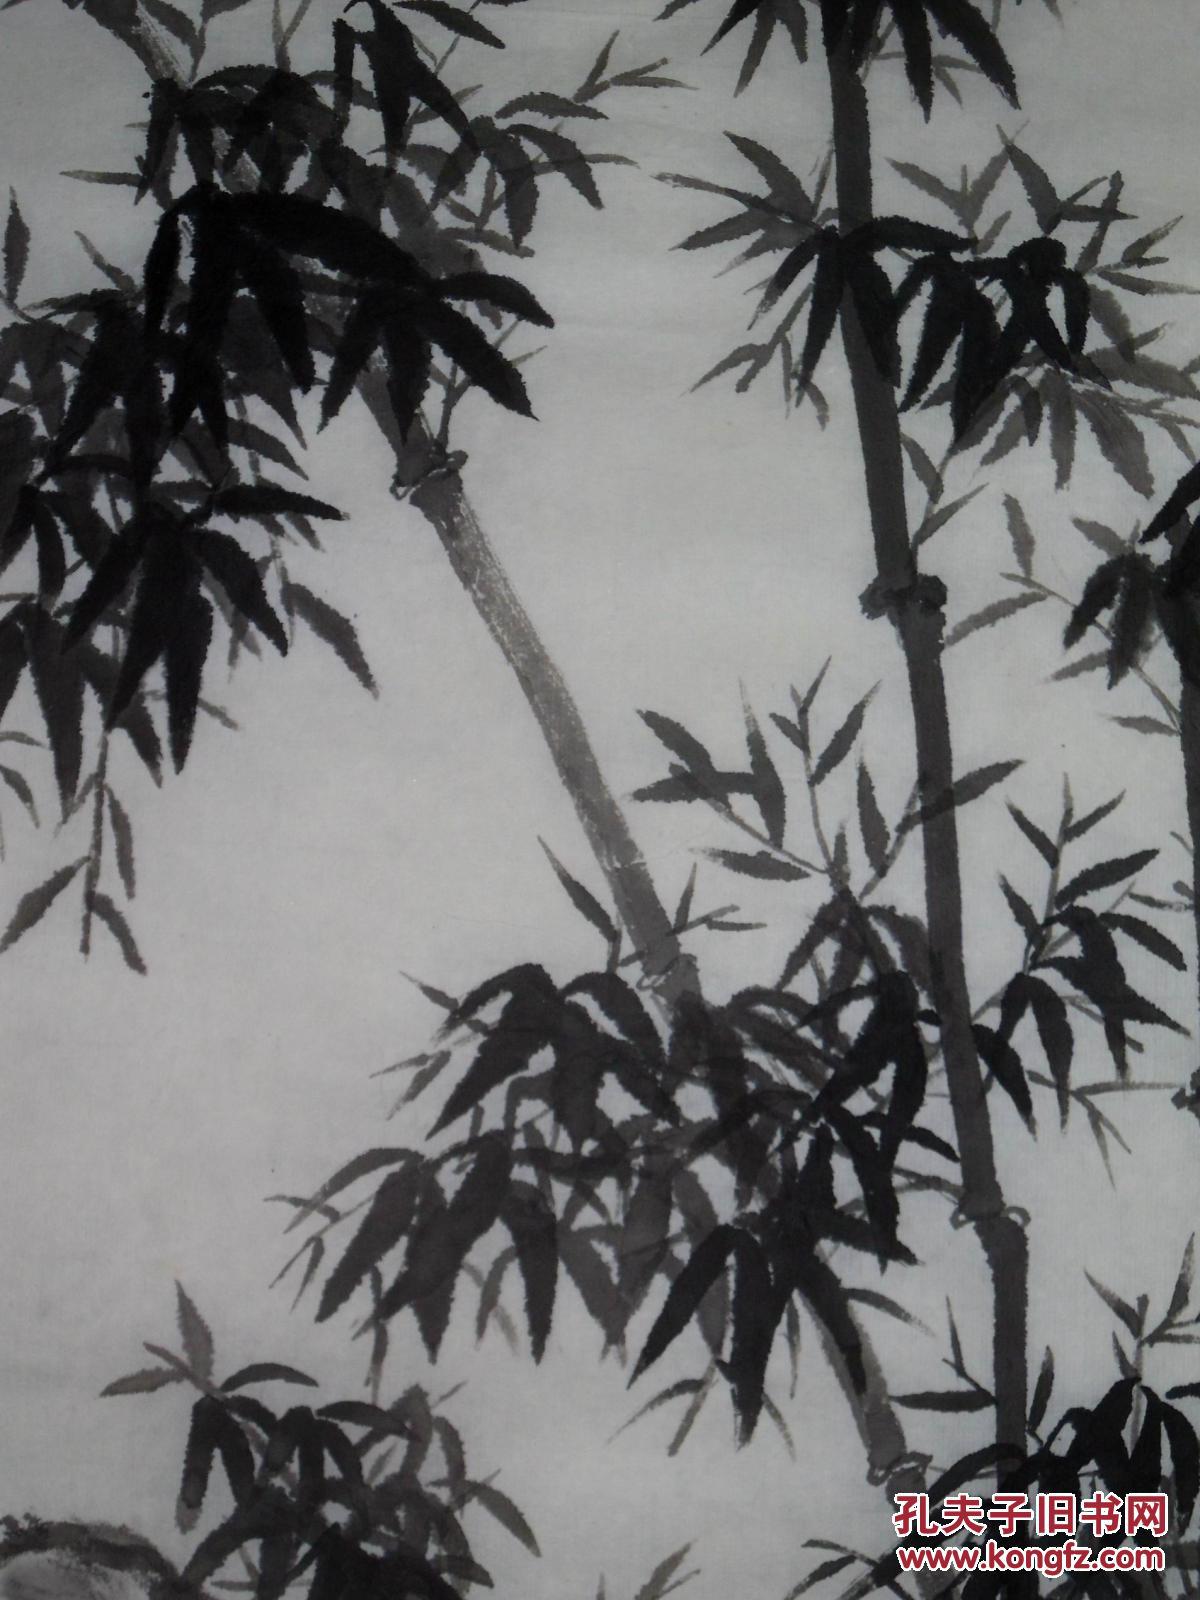
春风旍旗拥万夫，幕下诸将思草枯。